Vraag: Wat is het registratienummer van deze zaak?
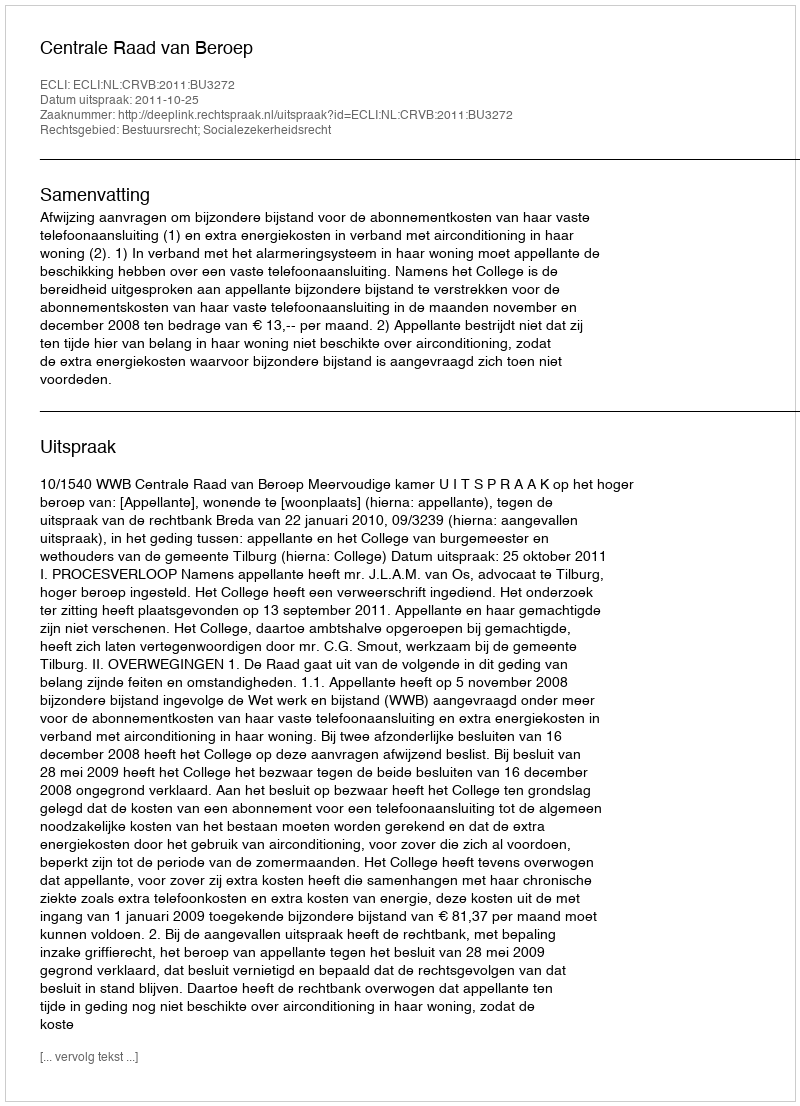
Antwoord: http://deeplink.rechtspraak.nl/uitspraak?id=ECLI:NL:CRVB:2011:BU3272